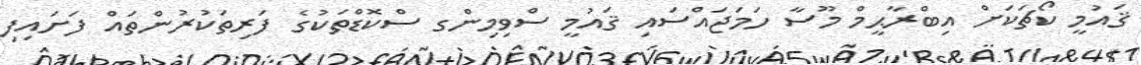
ޤައުމީ ކޯޗަކަށް އިބްރާޙީމް މޫސާ ހަމަޖައްސައި ޤައުމީ ސްވިމިންގ ސްކޮޑްތަކުގެ ފަރިތަކުރުންތައް ފަށައިފި